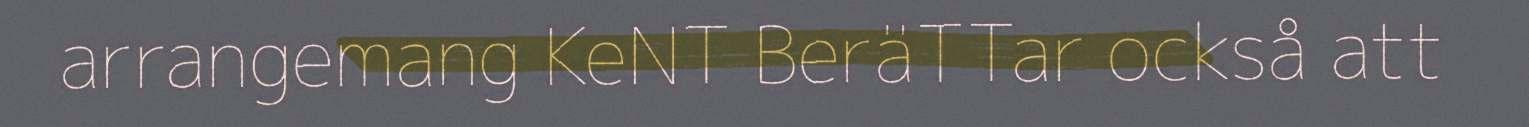
arrangemang KeNT BeräTTar också att